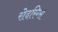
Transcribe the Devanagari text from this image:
रोदरिग्स